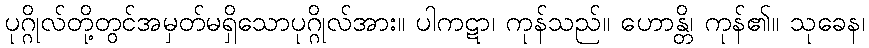
ပုဂ္ဂိုလ်တို့တွင်အမှတ်မရှိသောပုဂ္ဂိုလ်အား။ ပါကဋာ၊ ကုန်သည်။ ဟောန္တိ၊ ကုန်၏။ သုခေန၊